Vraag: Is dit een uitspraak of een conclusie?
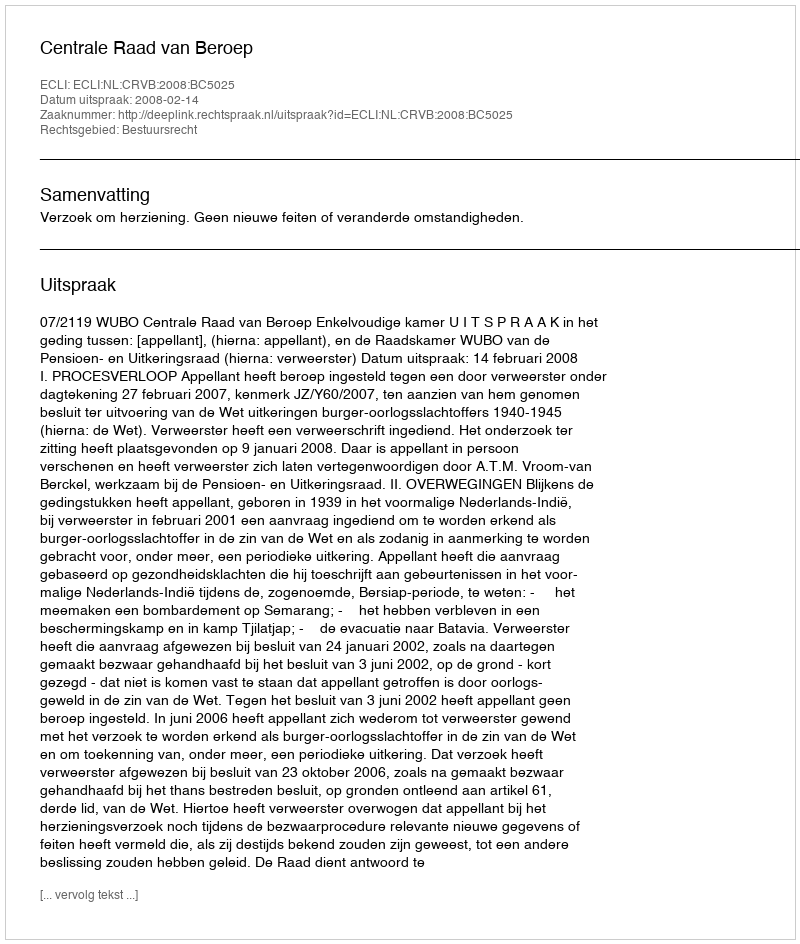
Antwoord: Uitspraak